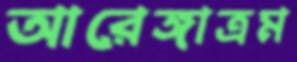
আরেঙ্গাত্রম